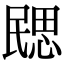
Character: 㥸